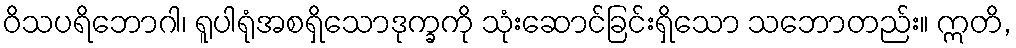
ဝိသပရိဘောဂါ၊ ရူပါရုံအစရှိသောဒုက္ခကို သုံးဆောင်ခြင်းရှိသော သဘောတည်း။ ဣတိ,